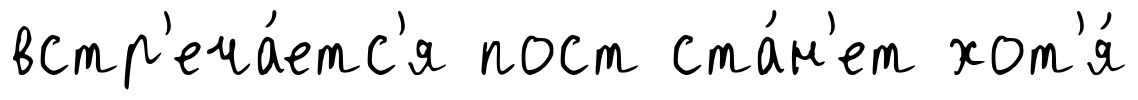
встр'еча́етс'я пост ста́н'ет хот'я́